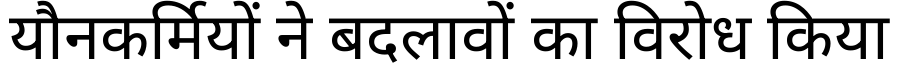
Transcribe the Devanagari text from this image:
यौनकर्मियों ने बदलावों का विरोध किया